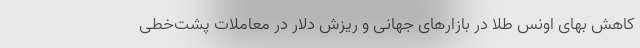
کاهش بهای اونس طلا در بازارهای جهانی و ریزش دلار در معاملات پشت‌خطی